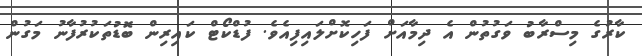
ކާރުގެ މިސްރާބު ވަގުތުން އެ ދިމާއަށް ފަހިކޮށްލައިފިއެވެ. ފުޑްކޯޓް ކައިރިން ބޮޑުތަކުރުފާނު މަގުން